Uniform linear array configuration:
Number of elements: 16
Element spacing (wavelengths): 0.75
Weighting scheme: binomial
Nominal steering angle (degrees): -45
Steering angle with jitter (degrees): -43.669
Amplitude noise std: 0.05
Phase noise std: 0.05

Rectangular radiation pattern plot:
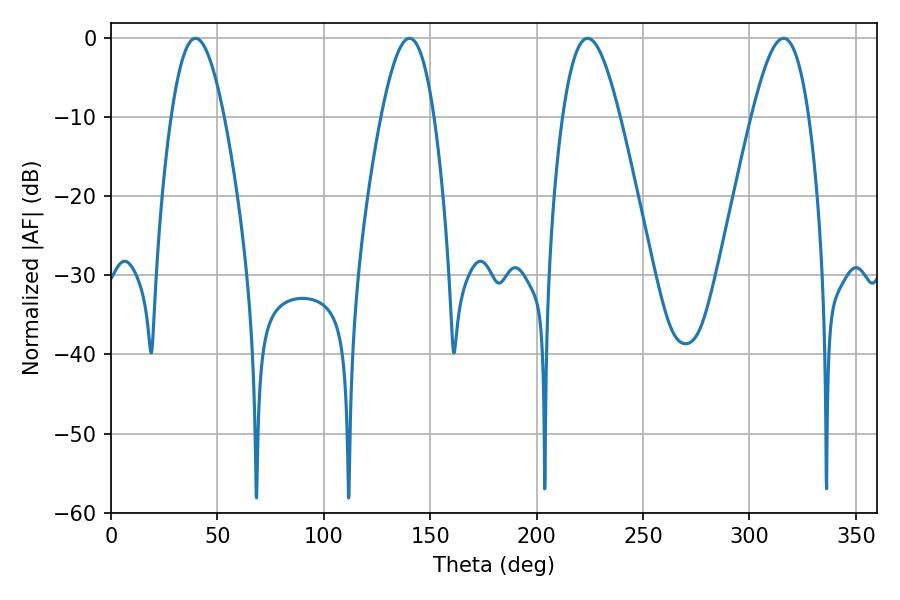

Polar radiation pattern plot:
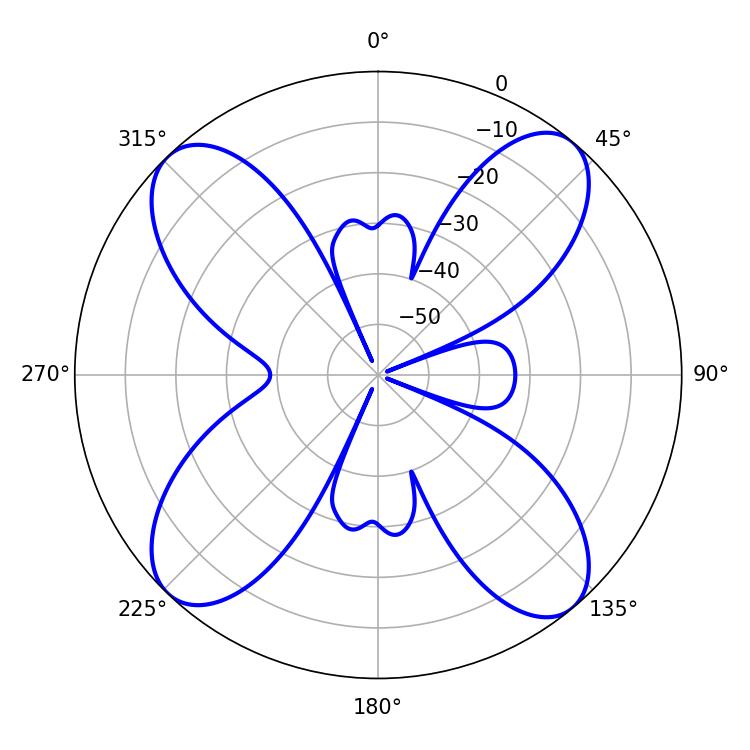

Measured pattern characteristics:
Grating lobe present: TRUE
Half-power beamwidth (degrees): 14.4
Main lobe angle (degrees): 223.92